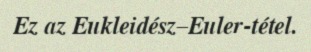
Ez az Eukleidész–Euler-tétel.